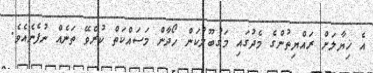
އެ ޚިޔާލަށް ރައްޔިތުންގެ މެދުގައި މަގުބޫލުކަން ހޯދާން މަސައްކަތް ކުރެވޭ ތަނެއް ނުފެނެއެވެ.